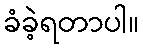
ခံခဲ့ရတာပါ။